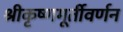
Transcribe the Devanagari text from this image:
श्रीकृष्णमूर्तीवर्णन